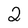
Character: 2